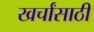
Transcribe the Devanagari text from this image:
खर्चांसाठी